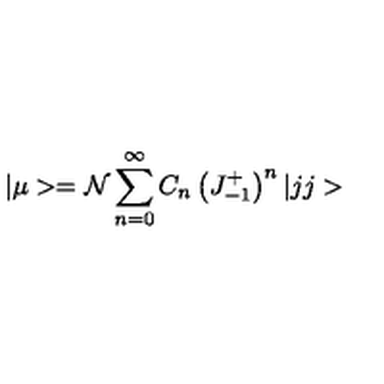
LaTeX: | \mu > = { \cal { N } } \sum _ { n = 0 } ^ { \infty } C _ { n } \left( J _ { - 1 } ^ { + } \right) ^ { n } | j j >